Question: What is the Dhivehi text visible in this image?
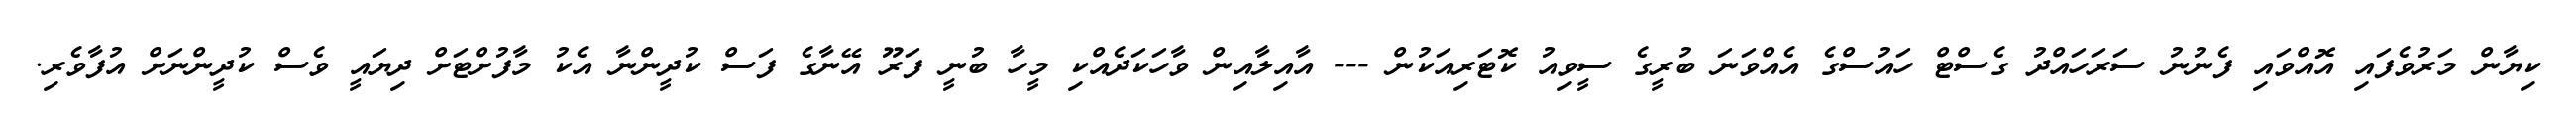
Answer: ކިޔާން މަރުވެފައި އޮއްވައި ފެނުނު ސަރަހައްދު ގެސްޓް ހައުސްގެ އެއްވަނަ ބުރީގެ ސީވިއު ކޮޓަރިއަކުން --- އާއިލާއިން ވާހަކަދެއްކި މީހާ ބުނީ ފަރޫ އޭނާގެ ފަސް ކުދީންނާ އެކު މާފުށްޓަށް ދިޔައީ ވެސް ކުދީންނަށް އުފާވެރި.